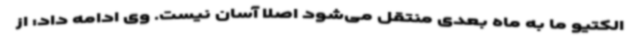
الکتیو ما به ماه بعدی منتقل می‌شود اصلا آسان نیست. وی ادامه داد: از